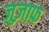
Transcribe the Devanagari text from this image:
जुज़ाफ़